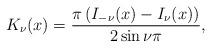
LaTeX: \begin{align*}K_{\nu}(x)=\frac{\pi\left(I_{-\nu}(x)-I_{\nu}(x)\right)}{2\sin\nu\pi},\end{align*}